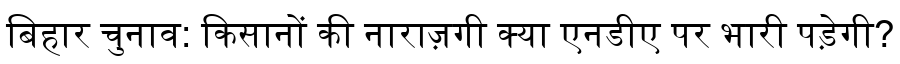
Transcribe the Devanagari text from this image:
बिहार चुनाव: किसानों की नाराज़गी क्या एनडीए पर भारी पड़ेगी?